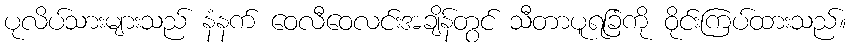
ပုလိပ်သားများသည် နံနက် ဝေလီဝေလင်းအချိန်တွင် သီတာပူရခြံကို ဝိုင်းကြပ်ထားသည်။